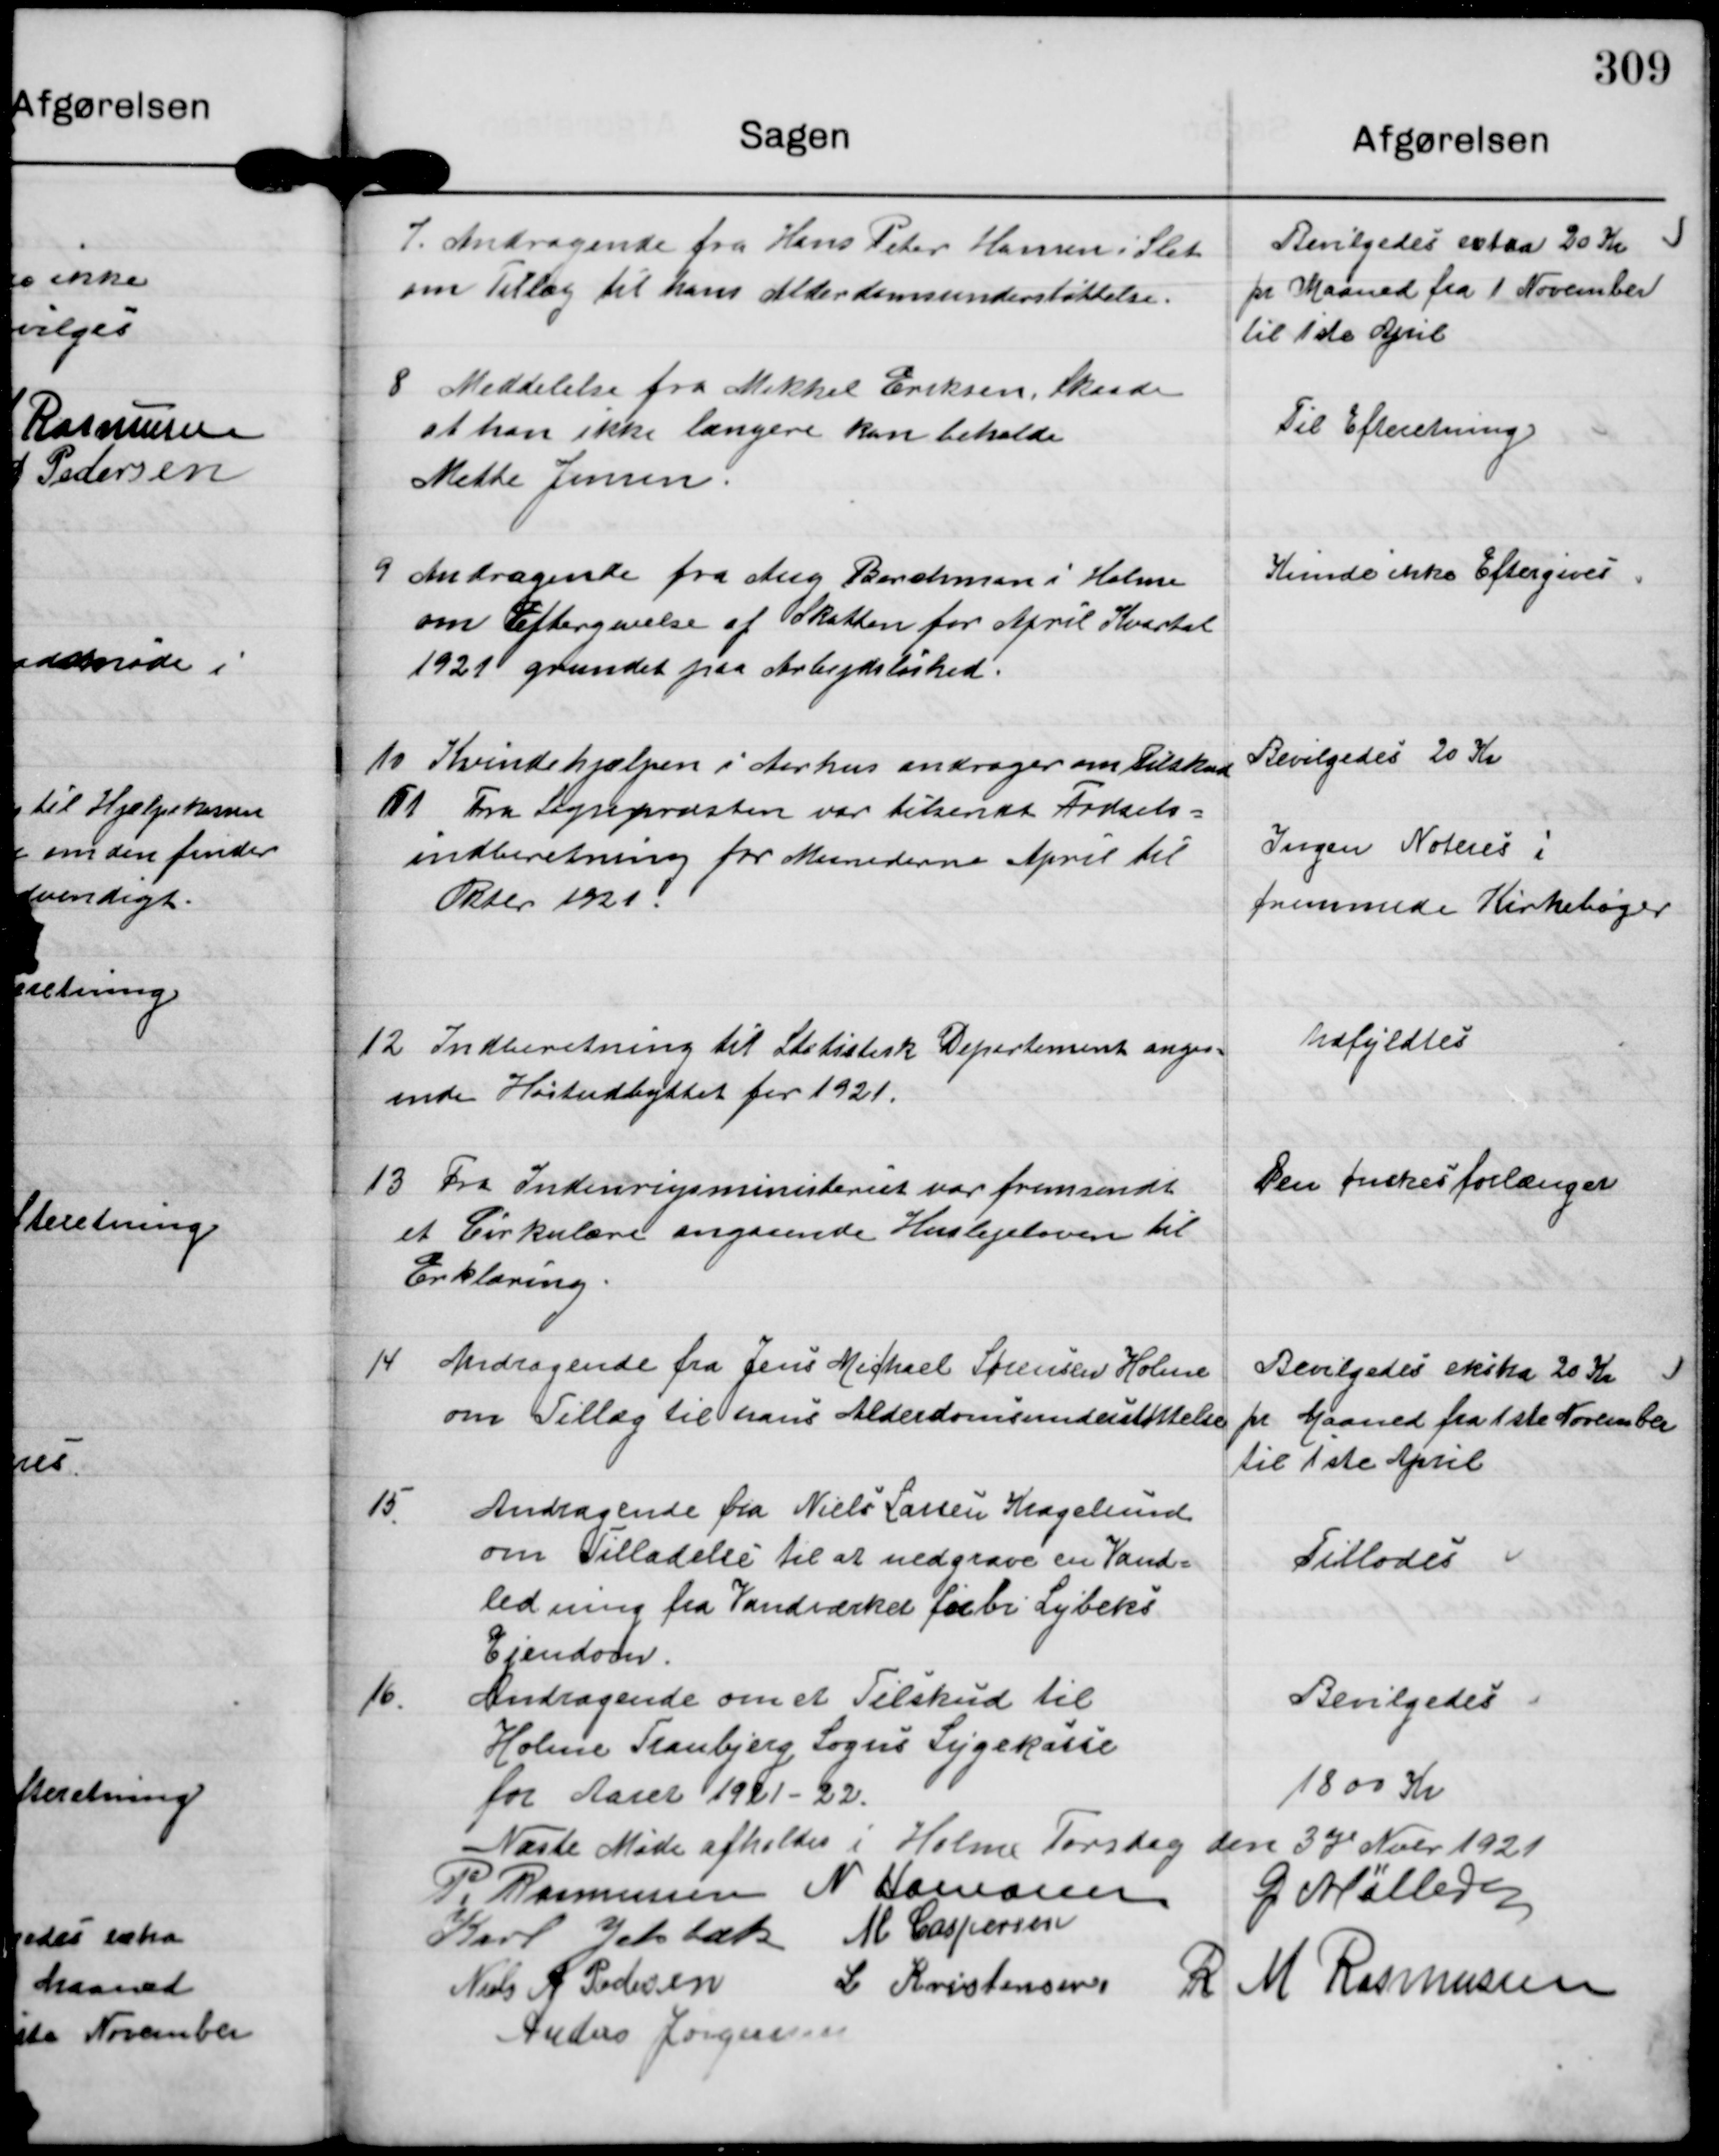
Transskription:
7. Andragende fra Hans Peter Hansen i Slet
om Tillæg til hans Alderdomsunderstøttelse.

Bevilgedes extaa 20 Kr.
pr Maaned fra 1 November
til 1ste April

8 Meddelelse fra Mikkel Eriksen, Skaade.
at han ikke længere kan beholde
Mette Jensen.

Til Efteretning.

9 Andragende fra Aug Borchman i Holme
om Eftergivelse af Skatten for April Kvartal
1921 grundet paa Arbejdsløshed.

Kunde ikke Eftergives.

10 Kvindehjælpen i Aarhus andrager om Tilskud

Bevilgedes 20 Kr

11 Fra Sognepræsten var tilsendt Fødsels=
indberetning for Maanederne April til
Oktbr 1921.

Ingen Noteres i
fremmede Kirkebøger

12 Indberetning til Statistisk Departement angaa-
ende Høstudbyttet for 1921.

Udfyldtes.

13 Fra Indenrigsministeriet var fremsendt
et Cirkulære angaaende Huslejeloven til
Erklæring.

Den ønskes forlænget

14 Andragende fra Jens Michael Sørensen Holme
om Tillæg til hans Alderdomsunderstøttelse

Bevilgedes ekstra 20 Kr.
pr Maaned fra 1ste November
til 1ste April

15
Andragende fra Niels Larsen Kragelund
om Tilladelse til at nedgrave en Vand=
ledning fra Vandværket forbi Lybeks
Ejendom.

Tillodes

16
Andragende om et Tilskud til
Holme Tranbjerg Sogns Sygekasse
for Aaret 1921-22.

Bevilgedes.
1800 Kr.

Næste Møde afholdes i Holme Torsdag den 3dje Novbr 1921

P. Rasmussen N Hamannn G Møller
Karl Jelsbak M Caspersen
Niels A Pedersen L Kristensen R M Rasmussen
Anders Jørgensen